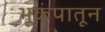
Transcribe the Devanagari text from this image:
भूकंपातून